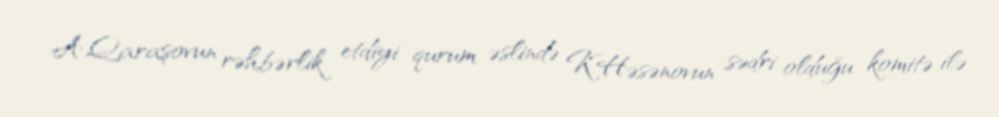
A.Qaraşovun rəhbərlik etdiyi qurum əslində K.Həsənovun sədri olduğu komitə ilə